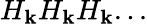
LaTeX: H_{\mathbf{k}}H_{\mathbf{k}}H_{\mathbf{k}}...